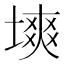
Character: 塽